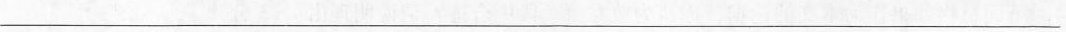
___